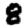
Digit: 8